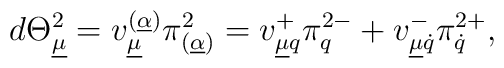
d\Theta^2_{\underline\mu}=v_{\underline\mu}^{(\underline\alpha)}\pi^2_{(\underline\alpha)}=v^{+}_{\underline\mu q}\pi^{2-}_q+v^{-}_{\underline\mu\dot q}\pi^{2+}_{\dot q},